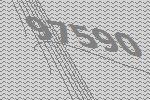
97590